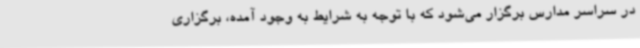
در سراسر مدارس برگزار می‌شود که با توجه به شرایط به وجود آمده، برگزاری